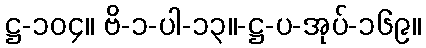
ဋ္ဌ-၁၀၄။ ဗိ-၁-ပါ-၁၃။-ဋ္ဌ-ပ-အုပ်-၁၆၉။